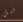
قبل